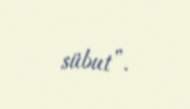
sübut”.